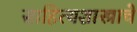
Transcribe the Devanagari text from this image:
साहित्यशास्त्राचे